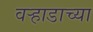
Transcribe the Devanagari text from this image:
वर्‍हाडाच्या